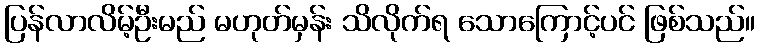
ပြန်လာလိမ့်ဦးမည် မဟုတ်မှန်း သိလိုက်ရ သောကြောင့်ပင် ဖြစ်သည်။